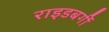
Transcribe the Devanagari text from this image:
राइडबर्गी